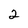
Character: 2